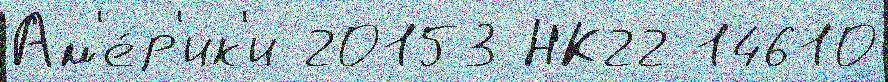
Ам'е́р'ик'и 20153 НК22 14610